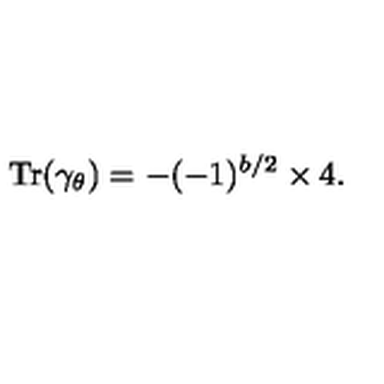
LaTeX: \mathrm { T r } ( \gamma _ { \theta } ) = - ( - 1 ) ^ { b / 2 } \times 4 .